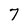
Character: 7